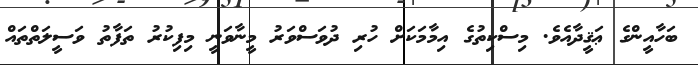
ބަހާއީންގެ ޢަޤީދާއެވެ. މިސްކިތުގެ އިމާމަކަށް ހުރި ދުވަސްވަރު މީނާވަނީ މިފިކުރު ތަފާތު ވަސީލަތްތައް